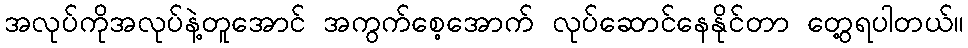
အလုပ်ကိုအလုပ်နဲ့တူအောင် အကွက်စေ့အောက် လုပ်ဆောင်နေနိုင်တာ တွေ့ရပါတယ်။